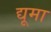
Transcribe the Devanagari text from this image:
द्यूमा